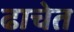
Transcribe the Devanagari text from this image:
ढाचेत